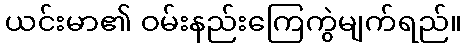
ယင်းမာ၏ ဝမ်းနည်းကြေကွဲမျက်ရည်။